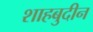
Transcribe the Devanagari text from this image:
शाहबुदीन